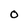
Character: O